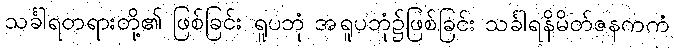
သင်္ခါရတရားတို့၏ ဖြစ်ခြင်း ရူပဘုံ အရူပဘုံ၌ဖြစ်ခြင်း သင်္ခါရနိမိတ်ဇနကကံ